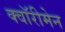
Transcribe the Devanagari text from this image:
क्वॉरीमेन